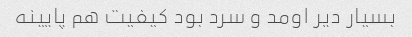
بسیار دیر اومد و سرد بود کیفیت هم پایینه